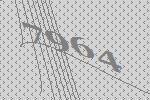
7964